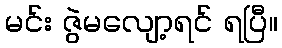
မင်း ဇွဲမလျော့ရင် ရပြီ။